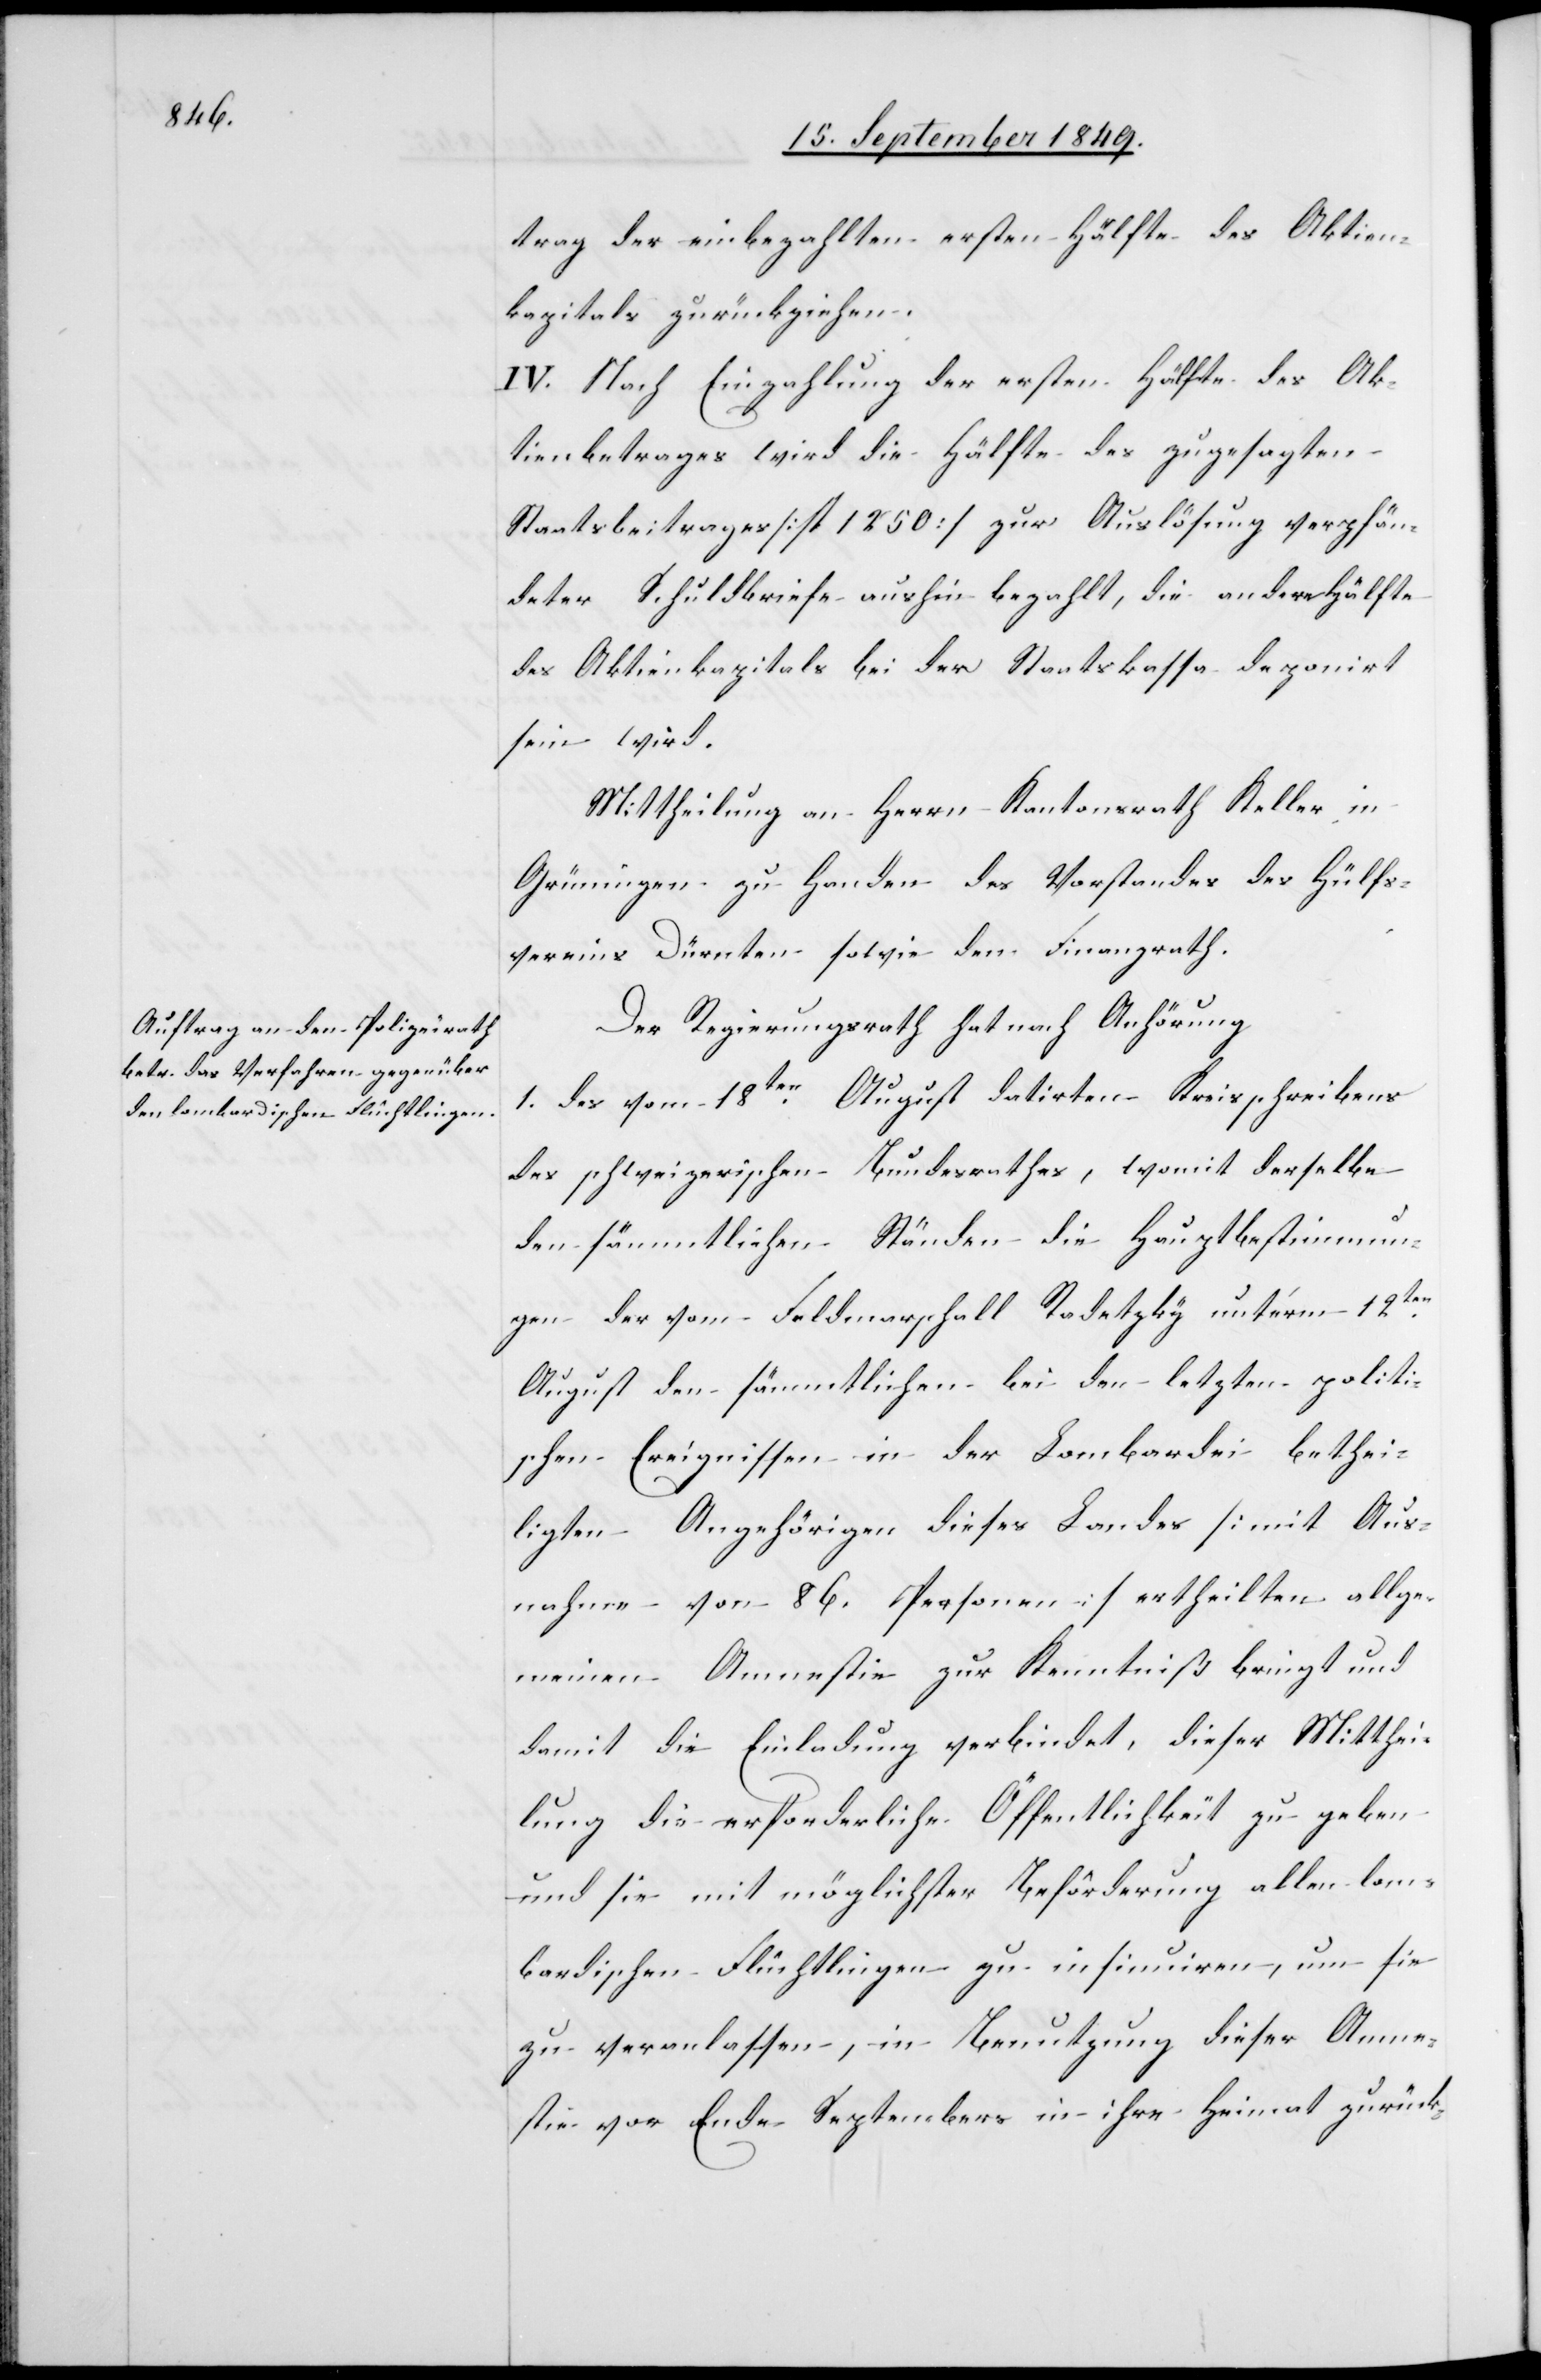
trag der einbezahlten ersten Hälfte des Aktien¬
kapitals zurückziehen.
IV. Nach Einzahlung der ersten Hälfte des Ak¬
tienbetrages wird die Hälfte des zugesagten
Staatsbeitrages [fl. 1 250] zur Auslösung verpfän¬
deter Schuldbriefe aushin bezahlt, die andere Hälfte
des Aktenkapitals bei der Staatskassa deponirt
sein wird.
Mittheilung an Herrn Kantonsrath Keller in
Grüningen zu Handen des Vorstandes des Hülfs¬
vereins Dürnten sowie dem Finanzrath.
Der Regierungsrath hat nach Anhörung
1. des vom 18ten August datirten Kreisschreibens
des schweizerischen Bundesrathes, womit derselbe
den sämmtlichen Ständen die Hauptbestimmun¬
gen der vom Feldmarschall Rodetzky unterm 12ten
August den sämmtlichen bei den letztern politi¬
schen Ereignissen in der Lombardei bethei¬
ligten Angehörigen dieses Landes [mit Aus¬
nahme von 86. Personen] ertheilten allge¬
meinen Amnestie zur Kenntniß bringt und
damit die Einladung verbindet, dieser Mitthei¬
lung die erforderliche Öffentlichkeit zu geben
und sie mit möglichster Beförderung allen lom¬
bardischen Flüchtlingen zu insinuiren, um sie
zu veranlassen, in Benutzung dieser Amne¬
stie vor Ende Septembers in ihre Heimat zurück-